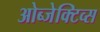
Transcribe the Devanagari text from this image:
ओब्जेक्टिव्स